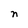
Character: n